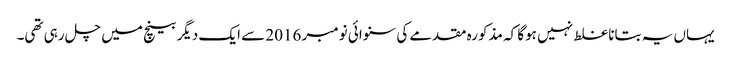
یہاں یہ بتانا غلط نہیں ہوگا کہ مذکورہ مقدمے کی سنوائی نومبر 2016 سے ایک دیگر بینچ میں چل رہی تھی۔